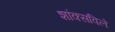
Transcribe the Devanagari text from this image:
शांक्सविले